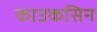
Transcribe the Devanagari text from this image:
काउकसिन